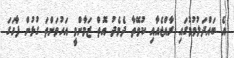
އެ ބައްދަލުވުމުގައި ރާއްޖެއާއި ކުވޭތާ ދެމެދު އޮތް ޒަމާންވީ އަހުވަންތަ ގުޅުން ފާހަގަ